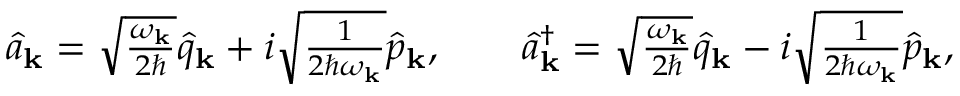
\begin{array} { r } { \hat { a } _ { \bf k } = \sqrt { \frac { \omega _ { \mathbf { k } } } { 2 \hbar } } \hat { q } _ { \bf k } + i \sqrt { \frac { 1 } { 2 \hbar \omega _ { \mathbf { k } } } } \hat { p } _ { \bf k } , ~ ~ ~ ~ ~ ~ \hat { a } _ { \bf k } ^ { \dagger } = \sqrt { \frac { \omega _ { \mathbf { k } } } { 2 \hbar } } \hat { q } _ { \bf k } - i \sqrt { \frac { 1 } { 2 \hbar \omega _ { \mathbf { k } } } } \hat { p } _ { \bf k } , } \end{array}